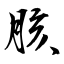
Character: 胲